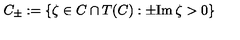
C _ { \pm } : = \{ \zeta \in C \cap T ( C ) : \pm \mathrm { I m } \: \zeta > 0 \}